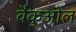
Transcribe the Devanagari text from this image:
वैकुओल